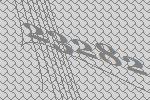
23282